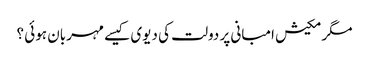
مگر مکیش امبانی پر دولت کی دیوی کیسے مہربان ہوئی ؟